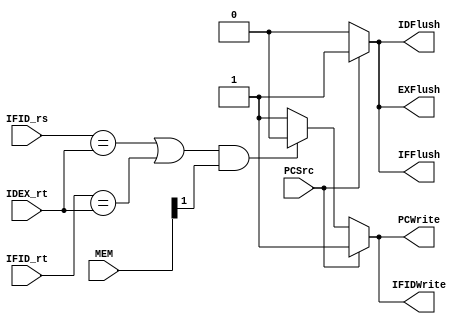
module Hazard_detection_unit(
    IFID_rs,
    IFID_rt,
    IDEX_rt, 
    MEM, 
    PCSrc, 
    
    IFFlush, 
    IDFlush, 
    EXFlush, 
    PCWrite, 
    IFIDWrite
);

input [5-1:0]     IFID_rs;
input [5-1:0]     IFID_rt;
input [5-1:0]     IDEX_rt;
input [3-1:0]     MEM;
input             PCSrc;

output reg        IFFlush;
output reg        IDFlush;
output reg        EXFlush;
output reg        PCWrite;
output reg        IFIDWrite;

always@(*) begin
    if (PCSrc) begin
        IFFlush <= 1;       //branch
        IDFlush <= 1;
        EXFlush <= 1;       
        PCWrite <= 1;
        IFIDWrite <= 1;
    end

    else if ((IFID_rs == IDEX_rt || IFID_rt == IDEX_rt) && MEM[1]) begin
        IFFlush <= 0;       //load-use
        IDFlush <= 0;
        EXFlush <= 0;      
        PCWrite <= 0;       //stall
        IFIDWrite <= 0;
    end

    else begin
        IFFlush <= 0;       //Rtype
        IDFlush <= 0;
        EXFlush <= 0;
        PCWrite <= 1;       //no stall
        IFIDWrite <= 1;
    end

end     
endmodule